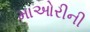
માઓરીની